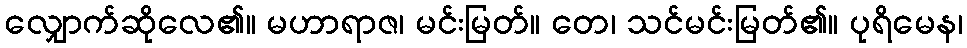
လျှောက်ဆိုလေ၏။ မဟာရာဇ၊ မင်းမြတ်။ တေ၊ သင်မင်းမြတ်၏။ ပုရိမေန၊